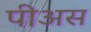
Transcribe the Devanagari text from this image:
पीअस